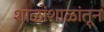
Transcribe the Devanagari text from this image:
शाळांशाळांतून